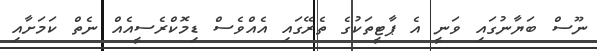
ނޫސް ބަޔާނުގައި ވަނީ އެ ޕާޓީތަކުގެ ތެރޭގައި އެއްވެސް ޑިމޮކްރެސީއެެއް ނެތް ކަމަށާއި